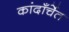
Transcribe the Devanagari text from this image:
कांदाँर्चेत